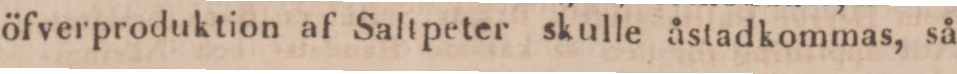
öfverproduktion af Saltpeter skulle åstadkommas, så